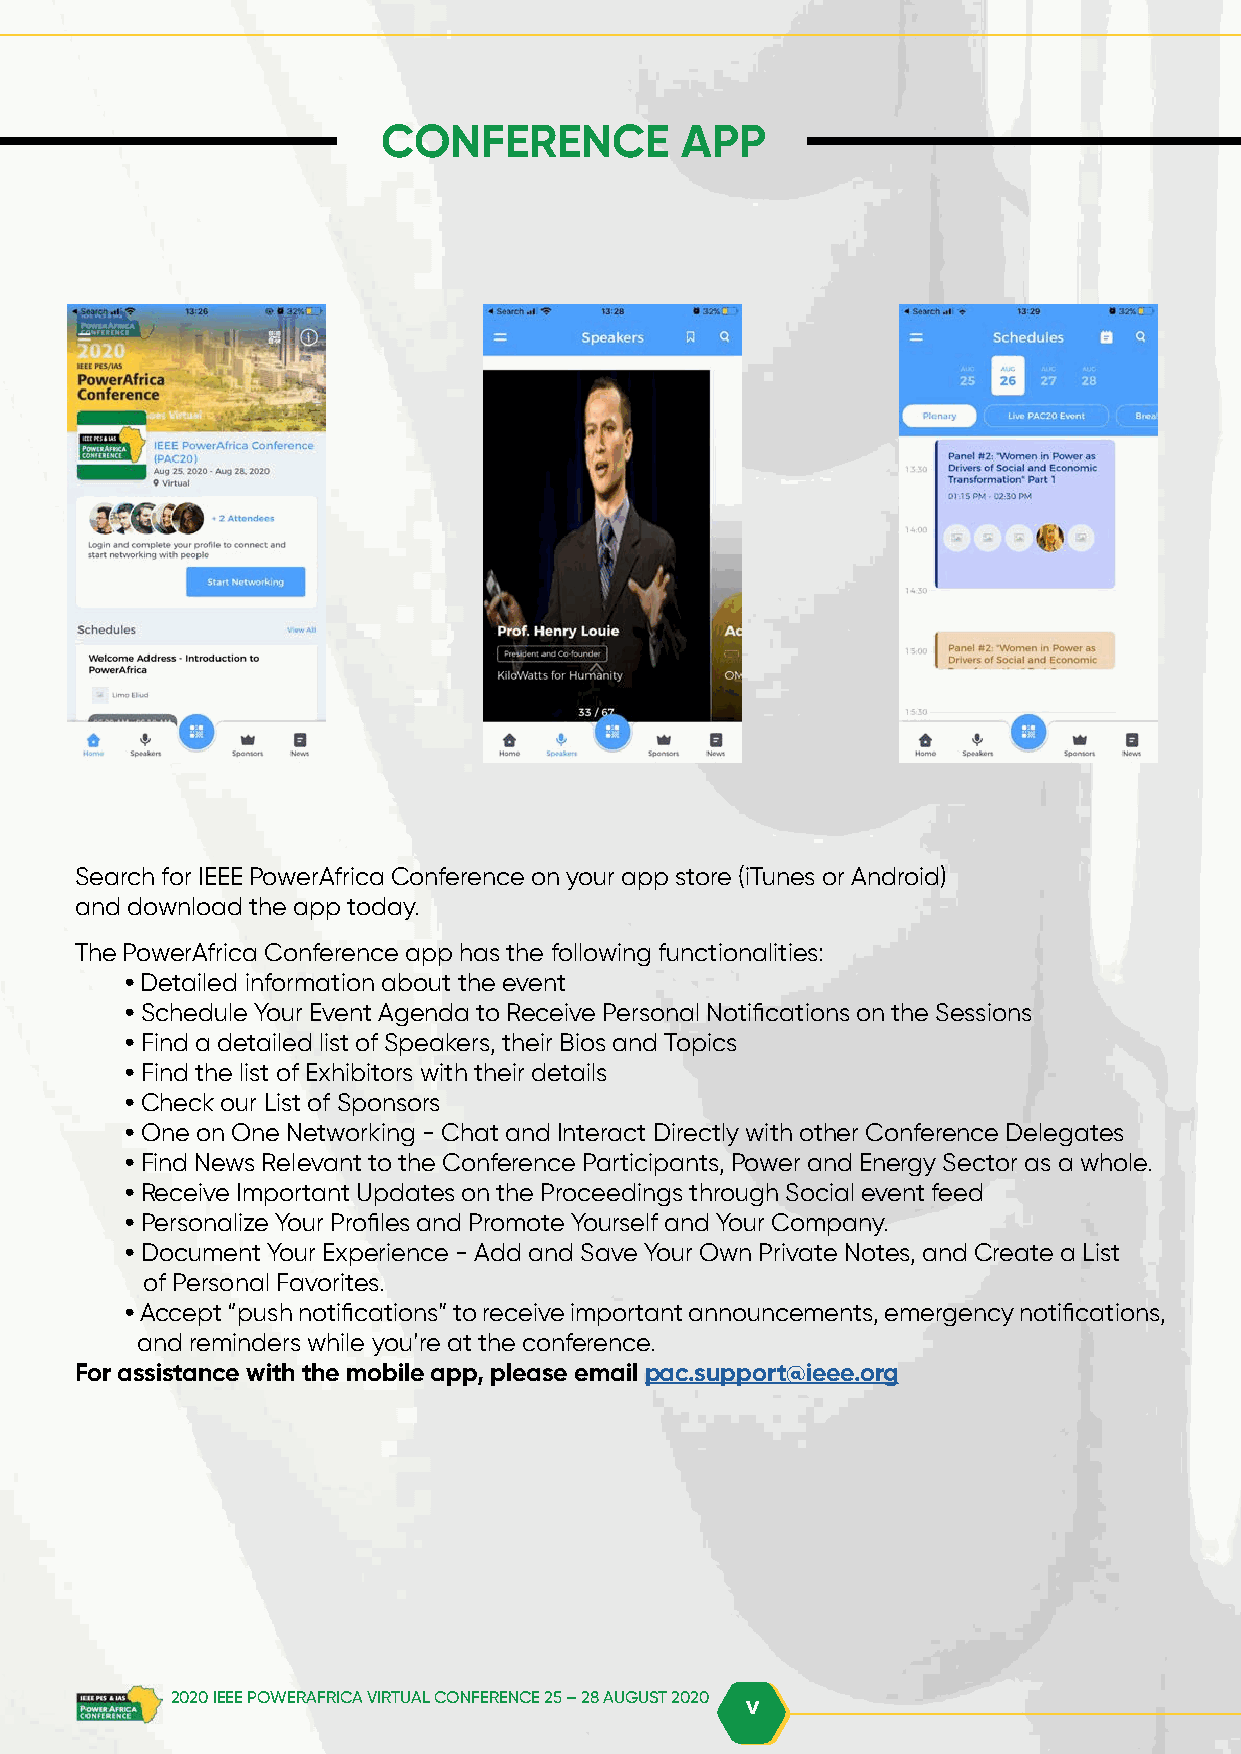
CONFERENCE          APP
 Search for IEEE PowerAfrica Conference on your app store (iTunes or Android)
 and download the app today.
 The PowerAfrica Conference app has the following functionalities:
 • Detailed information about the event
 • Schedule Your Event Agenda to Receive Personal Notifications on the Sessions
 • Find a detailed list of Speakers, their Bios and Topics
 • Find the list of Exhibitors with their details
 • Check our List of Sponsors
 • One on One Networking - Chat and Interact Directly with other Conference Delegates
 • Find News Relevant to the Conference Participants, Power and Energy Sector as a whole.
 • Receive Important Updates on the Proceedings through Social event feed
 • Personalize Your Profiles and Promote Yourself and Your Company.
 • Document Your Experience - Add and Save Your Own Private Notes, and Create a List
 of Personal Favorites.
 • Accept “push notifications” to receive important announcements, emergency notifications,
 and reminders while you’re at the conference.
 For assistance with the mobile app, please email pac.support@ieee.org
 2020 IEEE POWERAFRICA VIRTUAL CONFERENCE 25 – 28 AUGUST 2020 v